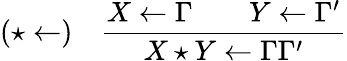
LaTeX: (\star\leftarrow)\quad{\frac{X\leftarrow\Gamma\qquad Y\leftarrow\Gamma^{\prime}}{X\star Y\leftarrow\Gamma\Gamma^{\prime}}}